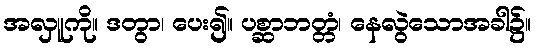
အလှူကို။ ဒတွာ၊ ပေး၍။ ပစ္ဆာဘတ္တံ၊ နေလွဲသောအခါ၌။